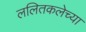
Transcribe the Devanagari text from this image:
ललितकलेच्या